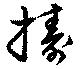
擣